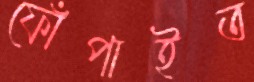
ফোঁপাইত